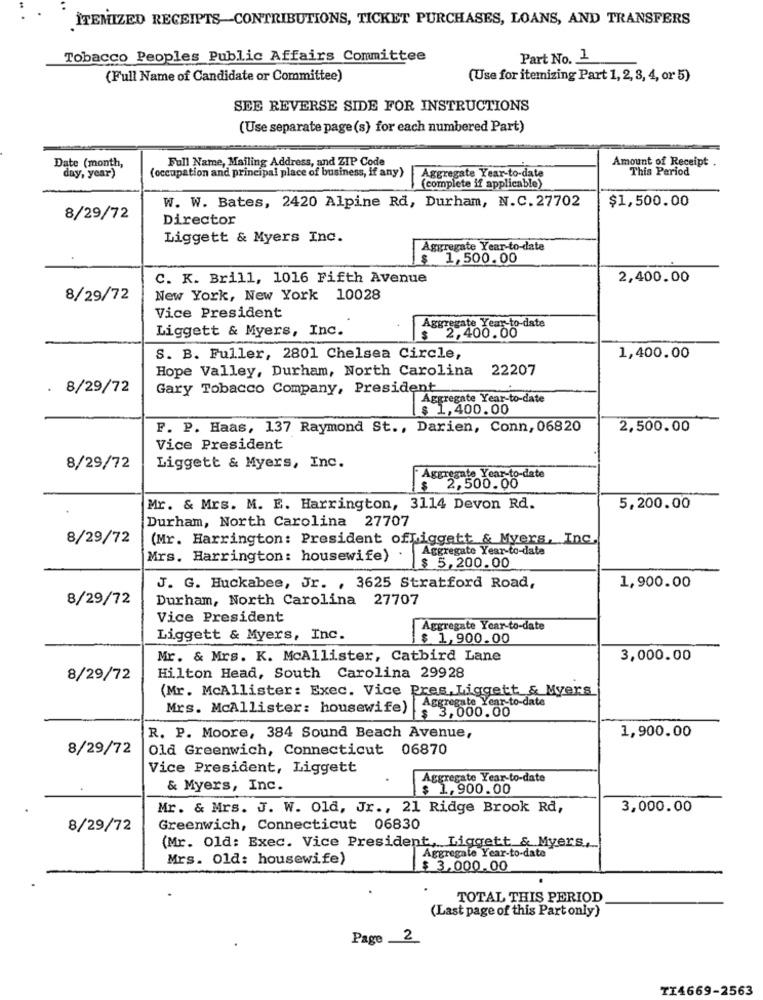
ITEMIZED RECEIPTS-CONTRIBUTIONS, TICKET PURCHASES, LOANS, AND TRANSFERS
Tobacco Peoples Public Affairs Committee
Part No. 1
(Full Name of Candidate or Committee)
(Use for itemizing Part 1, 2, 3, 4, or 5)
SEE REVERSE SIDE FOR INSTRUCTIONS
(Use separate page (s) for each numbered Part)
Date (month,
Full Name, Mailing Address, and ZIP Code
Amount of Receipt .
(occupation and principal place of business, if any)
Aggregate Year-to-date
This Period
day, year)
(complete if applicable)
W. W. Bates, 2420 Alpine Rd, Durham, N.C. 27702
$1,500.00
8/29/72
Director
Liggett & Myers Inc.
Aggregate Year-to-date
$ 1,500.00
C. K. Brill, 1016 Fifth Avenue
2,400.00
8/29/72
New York, New York 10028
Vice President
Liggett & Myers, Inc.
Aggregate Year-to-date
$ 2,400.00
S. B. Fuller, 2801 Chelsea Circle,
1,400.00
Hope Valley, Durham, North Carolina 22207
. 8/29/72
Gary Tobacco Company, President
Aggregate Year-to-date
$ 1,400.00
F. P. Haas, 137 Raymond St ., Darien, Conn, 06820
2,500.00
Vice President
8/29/72
Liggett & Myers, Inc.
Aggregate Year-to-date
$ 2,500.00
Mr. & Mrs. M. E. Harrington, 3114 Devon Rd.
5,200.00
Durham, North Carolina 27707
8/29/72
(Mr. Harrington: President offiggatt & Myers, Inc.
Aggregate Year-to-date
Mrs. Harrington: housewife) .
$ 5,200.00
J. G. Huckabee, Jr. , 3625 Stratford Road,
1,900.00
8/29/72
Durham, North Carolina 27707
Vice President
Aggregate Year-to-date
Liggett & Myers, Inc.
$ 1,900.00
Mr. & Mrs. K. McAllister, Catbird Lane
3,000.00
8/29/72
Hilton Head, South Carolina 29928
(Mr. McAllister: Exec. Vice Pres, Liggett & Myers
Mrs. McAllister: housewife) | Aggregate Year-to-date
$ 3,000.00
1,900.00
R. P. Moore, 384 Sound Beach Avenue,
8/29/72
Old Greenwich, Connecticut 06870
Vice President, Liggett
Aggregate Year-to-date
& Myers, Inc.
$ 1,900.00
Mr. & Mrs. J. W. Old, Jr ., 21 Ridge Brook Rd,
3,000.00
8/29/72
Greenwich, Connecticut 06830
(Mr. Old: Exec. Vice President, Liggett & Myers,
Aggregate Year-to-date
Mrs. 01d: housewife)
$ 3,000.00
TOTAL THIS PERIOD
(Last page of this Part only)
Page _2_
TI4669-2563